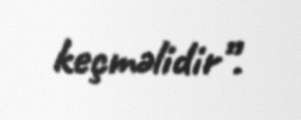
keçməlidir”.